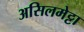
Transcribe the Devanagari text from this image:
असिलमेट्टा